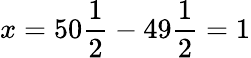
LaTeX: x=50{\frac{1}{2}}-49{\frac{1}{2}}=1